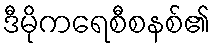
ဒီမိုကရေစီစနစ်၏